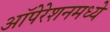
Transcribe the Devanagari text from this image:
ऑपेरेशनमध्ये